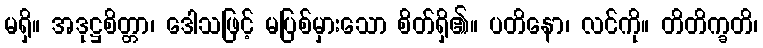
မရှိ။ အဒုဋ္ဌစိတ္တာ၊ ဒေါသဖြင့် မပြစ်မှားသော စိတ်ရှိ၏။ ပတိနော၊ လင်ကို။ တိတိက္ခတိ၊